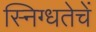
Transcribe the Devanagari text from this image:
स्निग्धतेचें